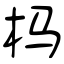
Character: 杩